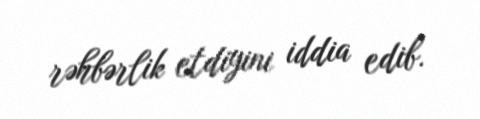
rəhbərlik etdiyini iddia edib.